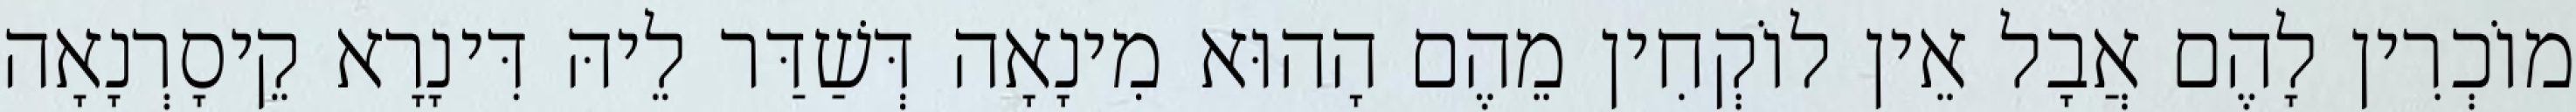
מוֹכְרִין לָהֶם אֲבָל אֵין לוֹקְחִין מֵהֶם הָהוּא מִינָאָה דְּשַׁדַּר לֵיהּ דִּינָרָא קֵיסָרְנָאָה